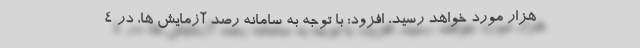
هزار مورد خواهد رسید، افزود: با توجه به سامانه رصد آزمایش ها، در ۴